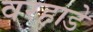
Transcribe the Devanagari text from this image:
वरहाडे